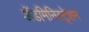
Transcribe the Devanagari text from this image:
अॅडमिनिस्ट्रेशन